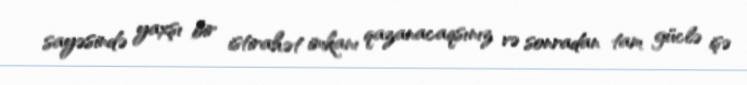
sayəsində yaxşı bir istirahət imkanı qazanacaqsınız və sonradan tam güclə işə